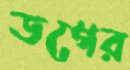
ডগের